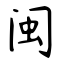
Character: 闽